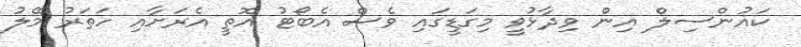
ކައުންސިލް އިން ވިދާޅުވީ މިގަޑީގައި ވެސް އެބޯޓު އޮތީ އެރަށާއި ހަތަރު މޭލު